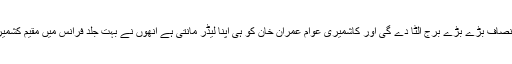
انہوں نے مزید کہا کہ کشمیر میں آنے والے انتخابات میں تحریک انصاف بڑے بڑے برج الٹا دے گی اور کاشمیری عوام عمران خان کو ہی اپنا لیڈر مانتی ہے انھوں نے بہت جلد فرانس میں مقیم کشمیری برادری کے لیے ایک کنونشن بلانے کی خوشخبری بھی سنائی۔